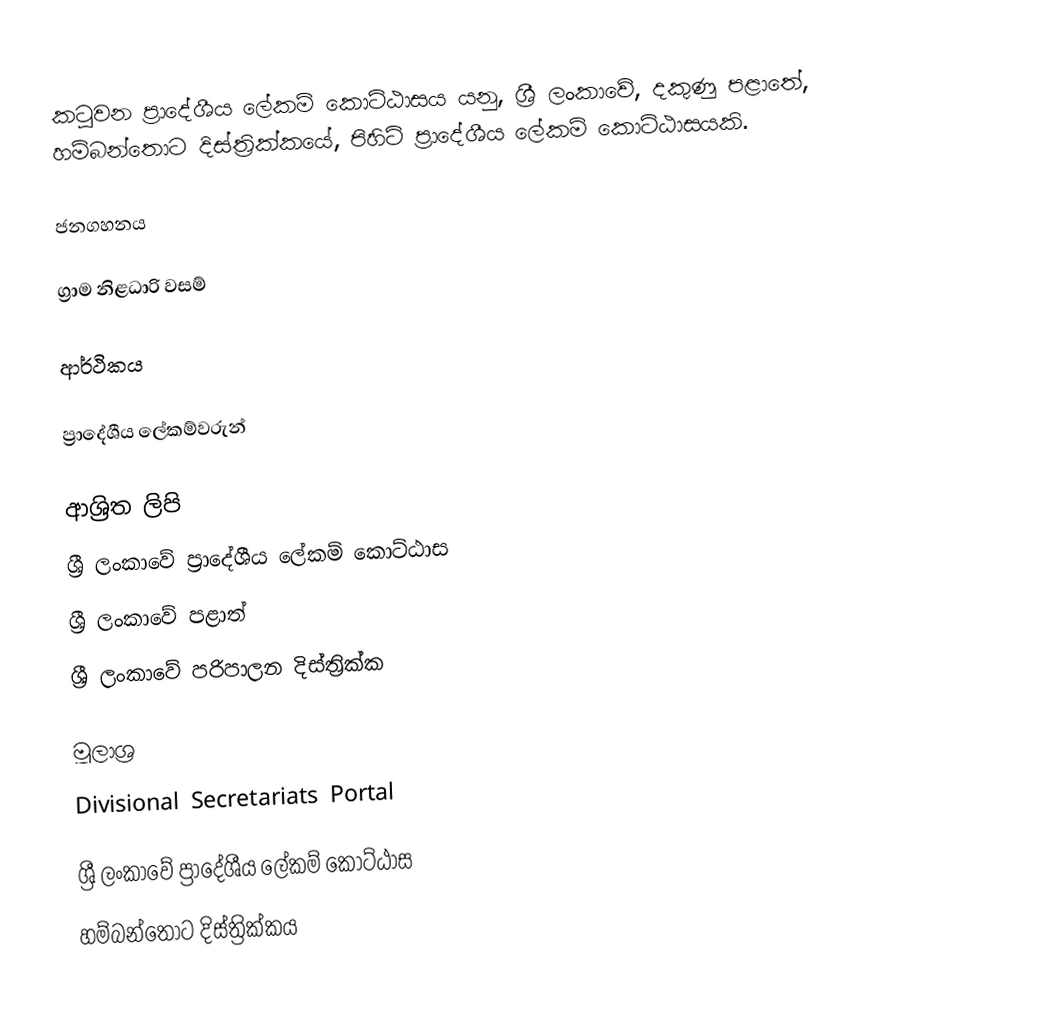
කටුවන ප්‍රාදේශීය ලේකම් කොට්ඨාසය යනු,  ශ්‍රී ලංකාවේ, දකුණු පළාතේ,   හම්බන්තොට දිස්ත්‍රික්කයේ, පිහිටි ප්‍රාදේශීය ලේකම් කොට්ඨාසයකි.

ජනගහනය

ග්‍රාම නිළධාරි වසම්

ආර්ථිකය

ප්‍රාදේශීය ලේකම්වරුන්

ආශ්‍රිත ලිපි
ශ්‍රී ලංකාවේ ප්‍රාදේශීය ලේකම් කොට්ඨාස
ශ්‍රී ලංකාවේ පළාත්
ශ්‍රී ලංකාවේ පරිපාලන දිස්ත්‍රික්ක

මූලාශ්‍ර
 Divisional Secretariats Portal

ශ්‍රී ලංකාවේ ප්‍රාදේශීය ලේකම් කොට්ඨාස
හම්බන්තොට දිස්ත්‍රික්කය